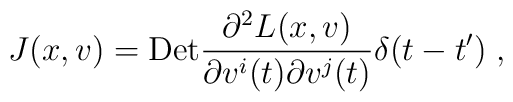
J(x,v)={\rm Det}\frac{\partial^{2}L(x,v)}{\partial v^{i}(t)\partial v^{j}(t)}\delta(t-t') \; ,